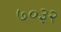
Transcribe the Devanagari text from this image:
७०३२